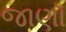
જાણૉ